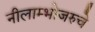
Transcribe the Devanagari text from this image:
नीलाम्भोजरुचे